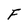
Character: F